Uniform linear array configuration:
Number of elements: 32
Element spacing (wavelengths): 0.5
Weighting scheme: kaiser
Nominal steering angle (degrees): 60
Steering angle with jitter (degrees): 61.963
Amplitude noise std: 0.05
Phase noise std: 0.05

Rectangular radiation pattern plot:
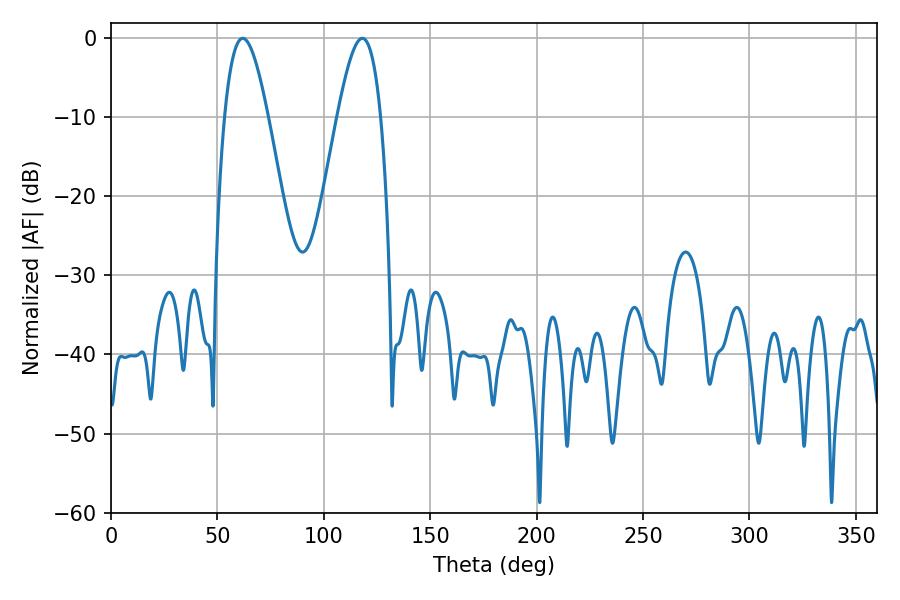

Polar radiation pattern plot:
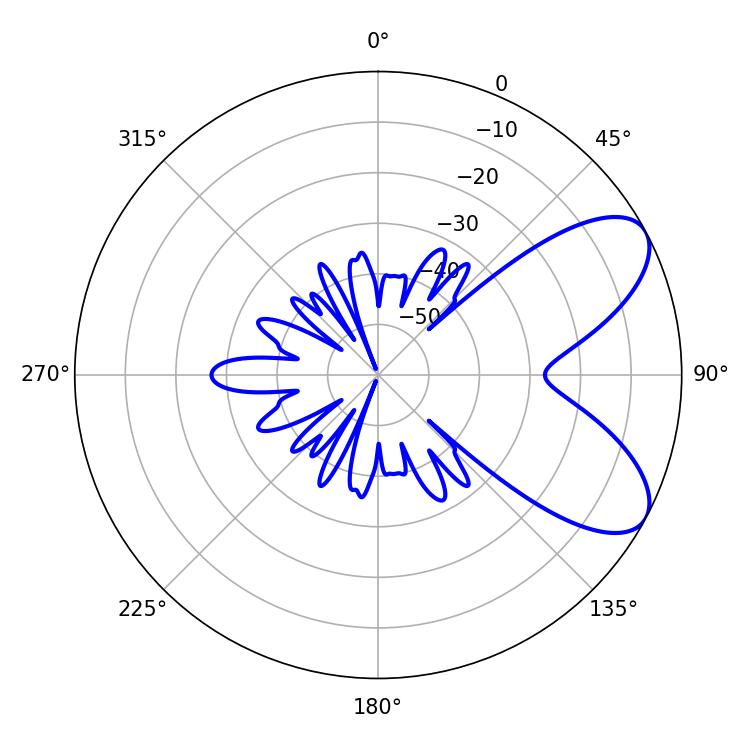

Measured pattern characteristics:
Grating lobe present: FALSE
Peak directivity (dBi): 7.297
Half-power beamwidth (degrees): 10.98
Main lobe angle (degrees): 61.92